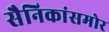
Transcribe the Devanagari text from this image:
सैनिकांसमोर